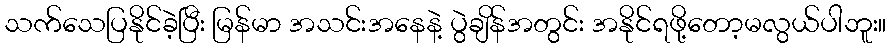
သက်သေပြနိုင်ခဲ့ပြီး မြန်မာ အသင်းအနေနဲ့ ပွဲချိန်အတွင်း အနိုင်ရဖို့တော့မလွယ်ပါဘူး။